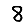
Digit: 8